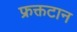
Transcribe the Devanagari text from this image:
फ्रक्तटान